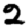
Digit: 2